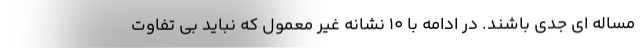
مساله ای جدی باشند. در ادامه با 10 نشانه غیر معمول که نباید بی تفاوت